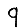
Digit: 9